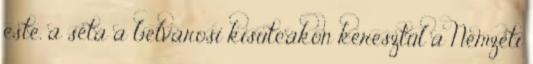
este, a séta a belvárosi kisutcákon keresztül a Nemzeti